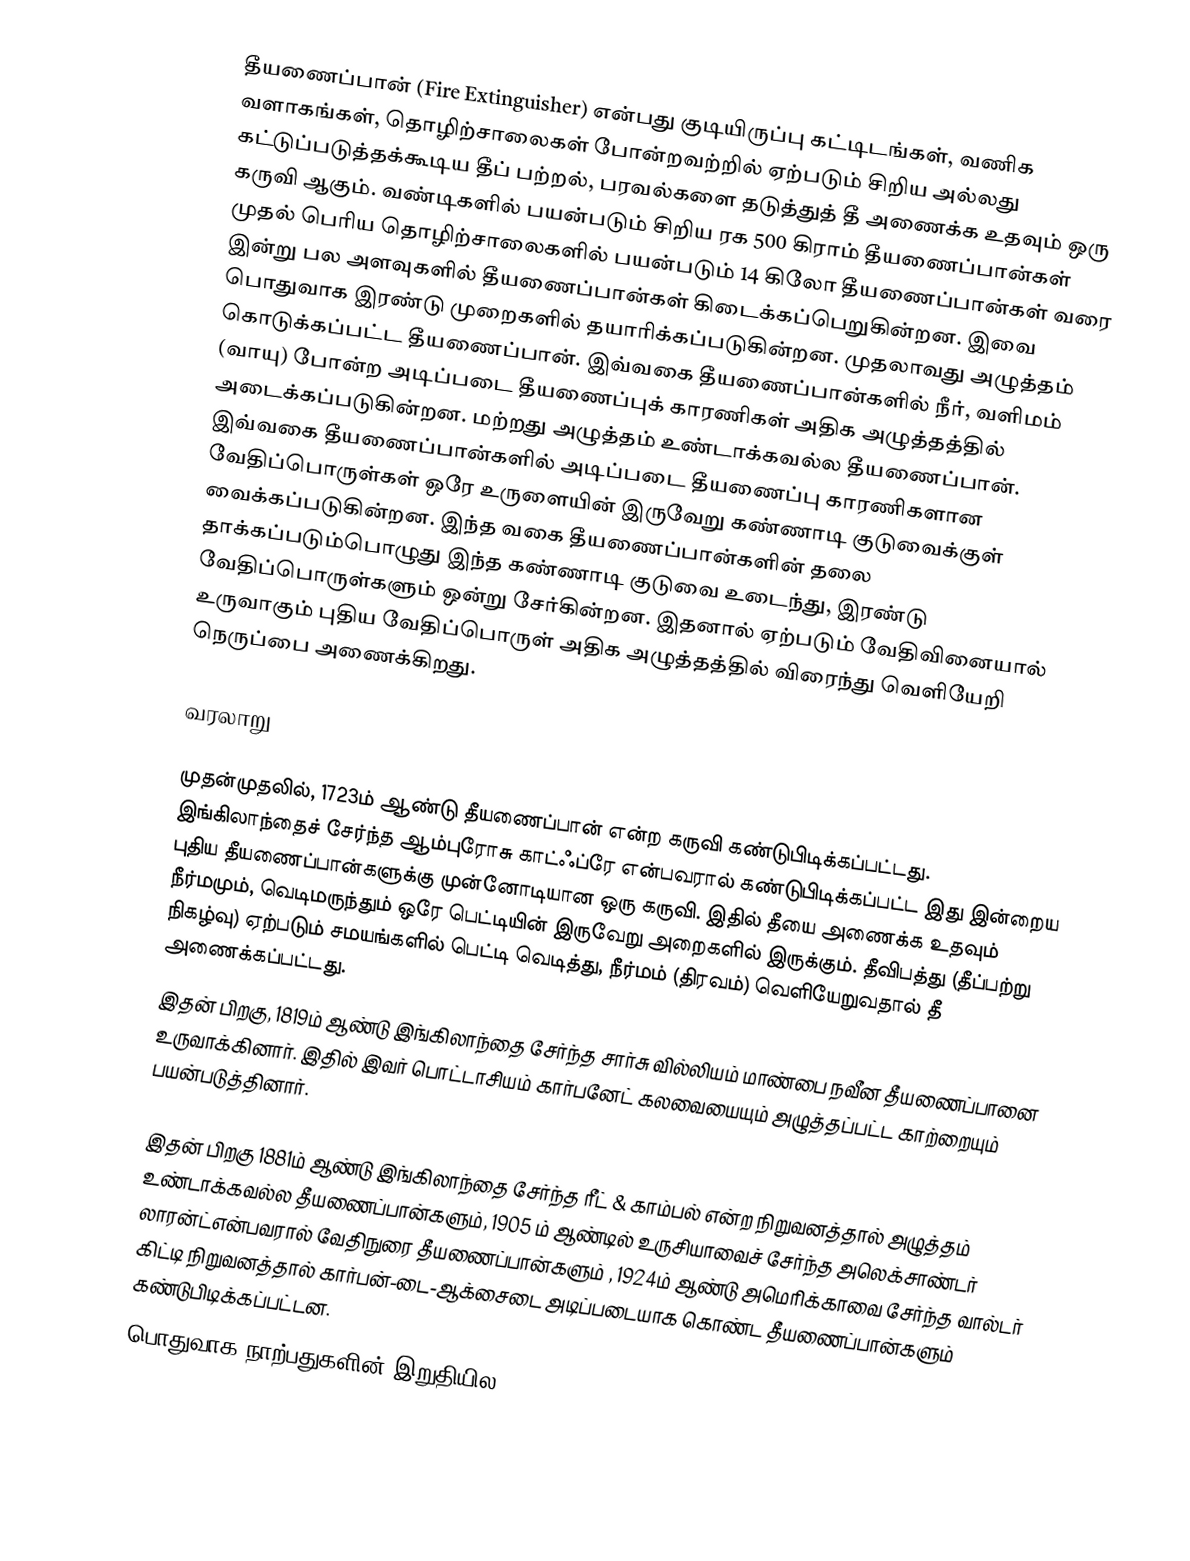
தீயணைப்பான் (Fire Extinguisher) என்பது குடியிருப்பு கட்டிடங்கள், வணிக வளாகங்கள், தொழிற்சாலைகள் போன்றவற்றில் ஏற்படும் சிறிய அல்லது கட்டுப்படுத்தக்கூடிய தீப் பற்றல், பரவல்களை தடுத்துத் தீ அணைக்க உதவும் ஒரு கருவி ஆகும். வண்டிகளில் பயன்படும் சிறிய ரக 500 கிராம் தீயணைப்பான்கள் முதல் பெரிய தொழிற்சாலைகளில் பயன்படும் 14 கிலோ தீயணைப்பான்கள் வரை இன்று பல அளவுகளில் தீயணைப்பான்கள் கிடைக்கப்பெறுகின்றன. இவை பொதுவாக இரண்டு முறைகளில் தயாரிக்கப்படுகின்றன. முதலாவது அழுத்தம் கொடுக்கப்பட்ட தீயணைப்பான். இவ்வகை தீயணைப்பான்களில் நீர், வளிமம் (வாயு) போன்ற அடிப்படை தீயணைப்புக் காரணிகள் அதிக அழுத்தத்தில் அடைக்கப்படுகின்றன. மற்றது அழுத்தம் உண்டாக்கவல்ல தீயணைப்பான். இவ்வகை தீயணைப்பான்களில் அடிப்படை தீயணைப்பு காரணிகளான வேதிப்பொருள்கள் ஒரே உருளையின் இருவேறு கண்ணாடி குடுவைக்குள் வைக்கப்படுகின்றன. இந்த வகை தீயணைப்பான்களின் தலை தாக்கப்படும்பொழுது இந்த கண்ணாடி குடுவை உடைந்து, இரண்டு வேதிப்பொருள்களும் ஒன்று சேர்கின்றன. இதனால் ஏற்படும் வேதிவினையால் உருவாகும் புதிய வேதிப்பொருள் அதிக அழுத்தத்தில் விரைந்து வெளியேறி நெருப்பை அணைக்கிறது.

வரலாறு

முதன்முதலில், 1723ம் ஆண்டு தீயணைப்பான் என்ற கருவி கண்டுபிடிக்கப்பட்டது. இங்கிலாந்தைச் சேர்ந்த ஆம்புரோசு காட்ஃப்ரே என்பவரால் கண்டுபிடிக்கப்பட்ட இது இன்றைய புதிய தீயணைப்பான்களுக்கு முன்னோடியான ஒரு கருவி. இதில் தீயை அணைக்க உதவும் நீர்மமும், வெடிமருந்தும் ஒரே பெட்டியின் இருவேறு அறைகளில் இருக்கும். தீவிபத்து (தீப்பற்று நிகழ்வு) ஏற்படும் சமயங்களில் பெட்டி வெடித்து, நீர்மம் (திரவம்) வெளியேறுவதால் தீ அணைக்கப்பட்டது.
இதன் பிறகு, 1819ம் ஆண்டு இங்கிலாந்தை சேர்ந்த சார்சு வில்லியம் மாண்பை நவீன தீயணைப்பானை உருவாக்கினார். இதில் இவர் பொட்டாசியம் கார்பனேட் கலவையையும் அழுத்தப்பட்ட காற்றையும் பயன்படுத்தினார்.

இதன் பிறகு 1881ம் ஆண்டு இங்கிலாந்தை சேர்ந்த ரீட் & காம்பல் என்ற நிறுவனத்தால் அழுத்தம் உண்டாக்கவல்ல தீயணைப்பான்களும், 1905 ம் ஆண்டில் உருசியாவைச் சேர்ந்த அலெக்சாண்டர் லாரன்ட்என்பவரால் வேதிநுரை தீயணைப்பான்களும் , 1924ம் ஆண்டு அமெரிக்காவை சேர்ந்த வால்டர் கிட்டி நிறுவனத்தால் கார்பன்-டை-ஆக்சைடை அடிப்படையாக கொண்ட தீயணைப்பான்களும் கண்டுபிடிக்கப்பட்டன.
பொதுவாக நாற்பதுகளின் இறுதியில